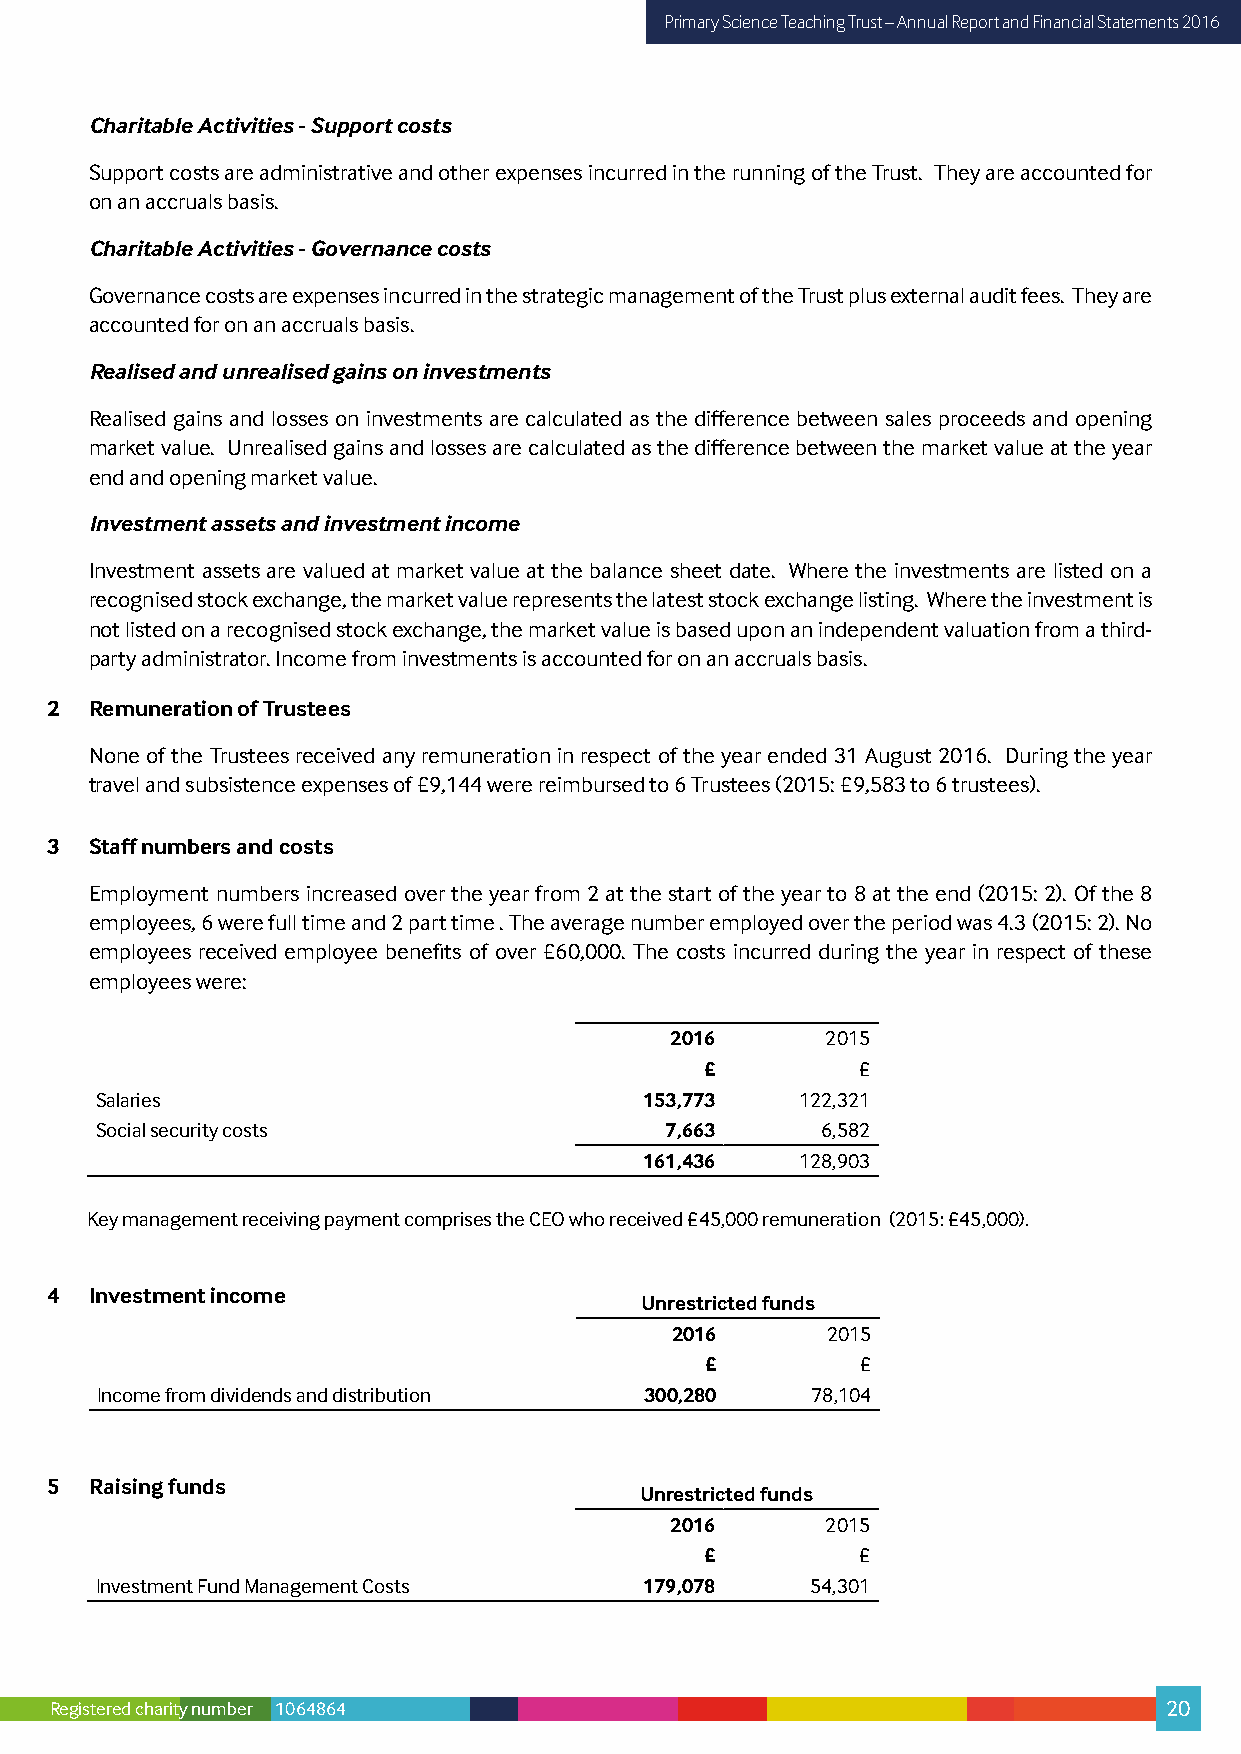
Primary Science Teaching Trust – Annual Report and Financial Statements 2016
 Charitable Activities - Support costs
 Support costs are administrative and other expenses incurred in the running of the Trust. They are accounted for
 on an accruals basis.
 Charitable Activities - Governance costs
 Governance costs are expenses incurred in the strategic management of the Trust plus external audit fees. They are
 accounted for on an accruals basis.
 Realised and unrealised gains on investments
 Realised gains and losses on investments are calculated as the difference between sales proceeds and opening
 market value. Unrealised gains and losses are calculated as the difference between the market value at the year
 end and opening market value.
 Investment assets and investment income
 Investment assets are valued at market value at the balance sheet date. Where the investments are listed on a
 recognised stock exchange, the market value represents the latest stock exchange listing. Where the investment is
 not listed on a recognised stock exchange, the market value is based upon an independent valuation from a third-
 party administrator. Income from investments is accounted for on an accruals basis.
 2  Remuneration of Trustees
 None of the Trustees received any remuneration in respect of the year ended 31 August 2016. During the year
 travel and subsistence expenses of £9,144 were reimbursed to 6 Trustees (2015: £9,583 to 6 trustees).
 3  Staff numbers and costs
 Employment numbers increased over the year from 2 at the start of the year to 8 at the end (2015: 2). Of the 8
 employees, 6 were full time and 2 part time . The average number employed over the period was 4.3 (2015: 2). No
 employees received employee benefits of over £60,000. The costs incurred during the year in respect of these
 employees were:
 2016       2015
 £         £
 Salaries                             153,773   122,321
 Social security costs                 7,663     6,582
 161,436   128,903
 Key management receiving payment comprises the CEO who received £45,000 remuneration (2015: £45,000).
 4  Investment income
 Unrestricted funds
 2016       2015
 £         £
 Income from dividends and distribution 300,280  78,104
 5  Raising funds
 Unrestricted funds
 2016       2015
 £         £
 Investment Fund Management Costs     179,078    54,301
 Registered charity number 1064864                                         20